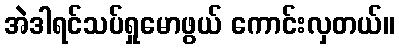
အဲဒါရင်သပ်ရှုမောဖွယ် ကောင်းလှတယ်။